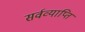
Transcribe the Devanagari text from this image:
सर्वव्याप्ति